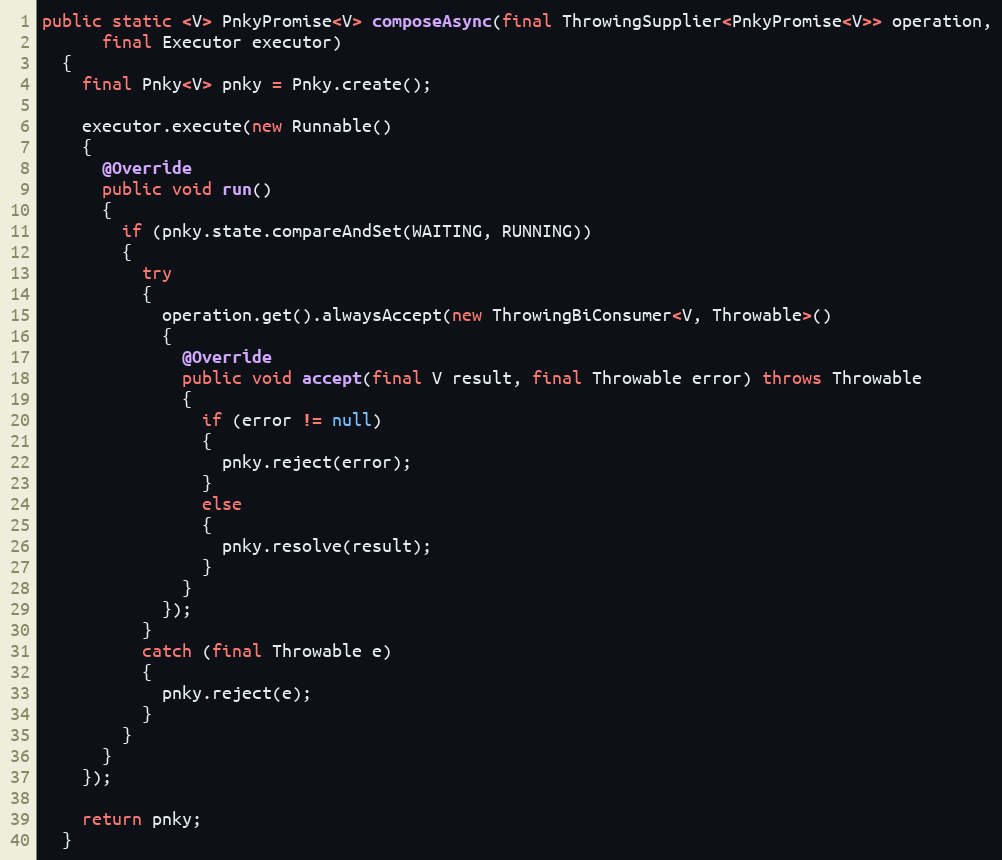
Language: Java
public static <V> PnkyPromise<V> composeAsync(final ThrowingSupplier<PnkyPromise<V>> operation,
      final Executor executor)
  {
    final Pnky<V> pnky = Pnky.create();

    executor.execute(new Runnable()
    {
      @Override
      public void run()
      {
        if (pnky.state.compareAndSet(WAITING, RUNNING))
        {
          try
          {
            operation.get().alwaysAccept(new ThrowingBiConsumer<V, Throwable>()
            {
              @Override
              public void accept(final V result, final Throwable error) throws Throwable
              {
                if (error != null)
                {
                  pnky.reject(error);
                }
                else
                {
                  pnky.resolve(result);
                }
              }
            });
          }
          catch (final Throwable e)
          {
            pnky.reject(e);
          }
        }
      }
    });

    return pnky;
  }